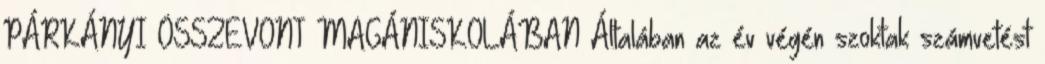
PÁRKÁNYI ÖSSZEVONT MAGÁNISKOLÁBAN Általában az év végén szoktak számvetést